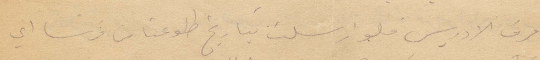
تعرف الادريس فلو أرسلت بتاريخ طلوعنا من فرنسا أي